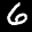
Label: 6